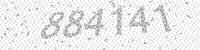
Solution: 884141